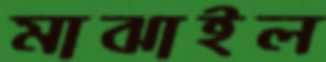
মাঝাইল